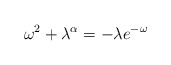
\begin{align*} \omega^2 + \lambda^\alpha = - \lambda e^{- \omega} \end{align*}